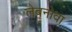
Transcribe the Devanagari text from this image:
लेबनोवा